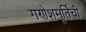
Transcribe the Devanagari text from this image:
गणेशमूर्तिची